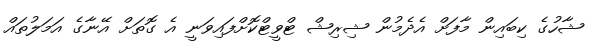
ޝާހުގެ ކިބައިން މާފަށް އެދެމުން ޝިރިޝް ޓްވީޓްކޮށްފައިވަނީ އެ ގޮތަށް އޭނާގެ އަމަލުތައް